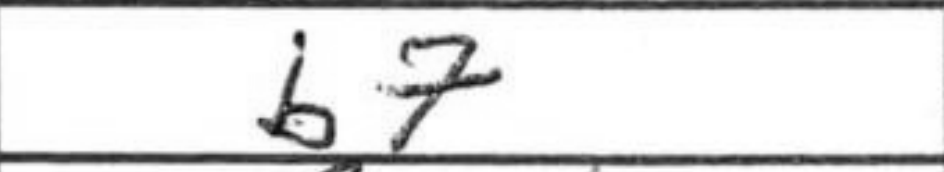
Transcription: b7